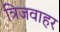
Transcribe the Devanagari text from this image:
त्रिजवाहर